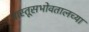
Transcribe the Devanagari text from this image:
वास्तूसभोवतालच्या